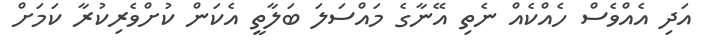
އަދި އެއްވެސް ހެއްކެއް ނެތި އޭނާގެ މައްސަލަ ބަލާތީ އެކަން ކުށްވެރިކުރާ ކަމަށް